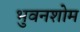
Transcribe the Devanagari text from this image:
भुवनशोम